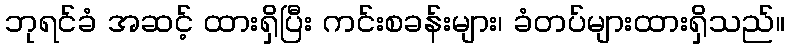
ဘုရင်ခံ အဆင့် ထားရှိပြီး ကင်းစခန်းများ၊ ခံတပ်များထားရှိသည်။